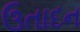
ઉતાદન